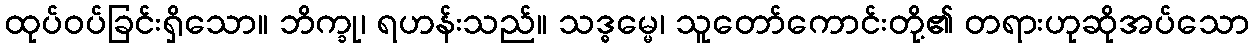
ထုပ်ဝပ်ခြင်းရှိသော။ ဘိက္ခု၊ ရဟန်းသည်။ သဒ္ဓမ္မေ၊ သူတော်ကောင်းတို့၏ တရားဟုဆိုအပ်သော